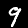
Digit: 9